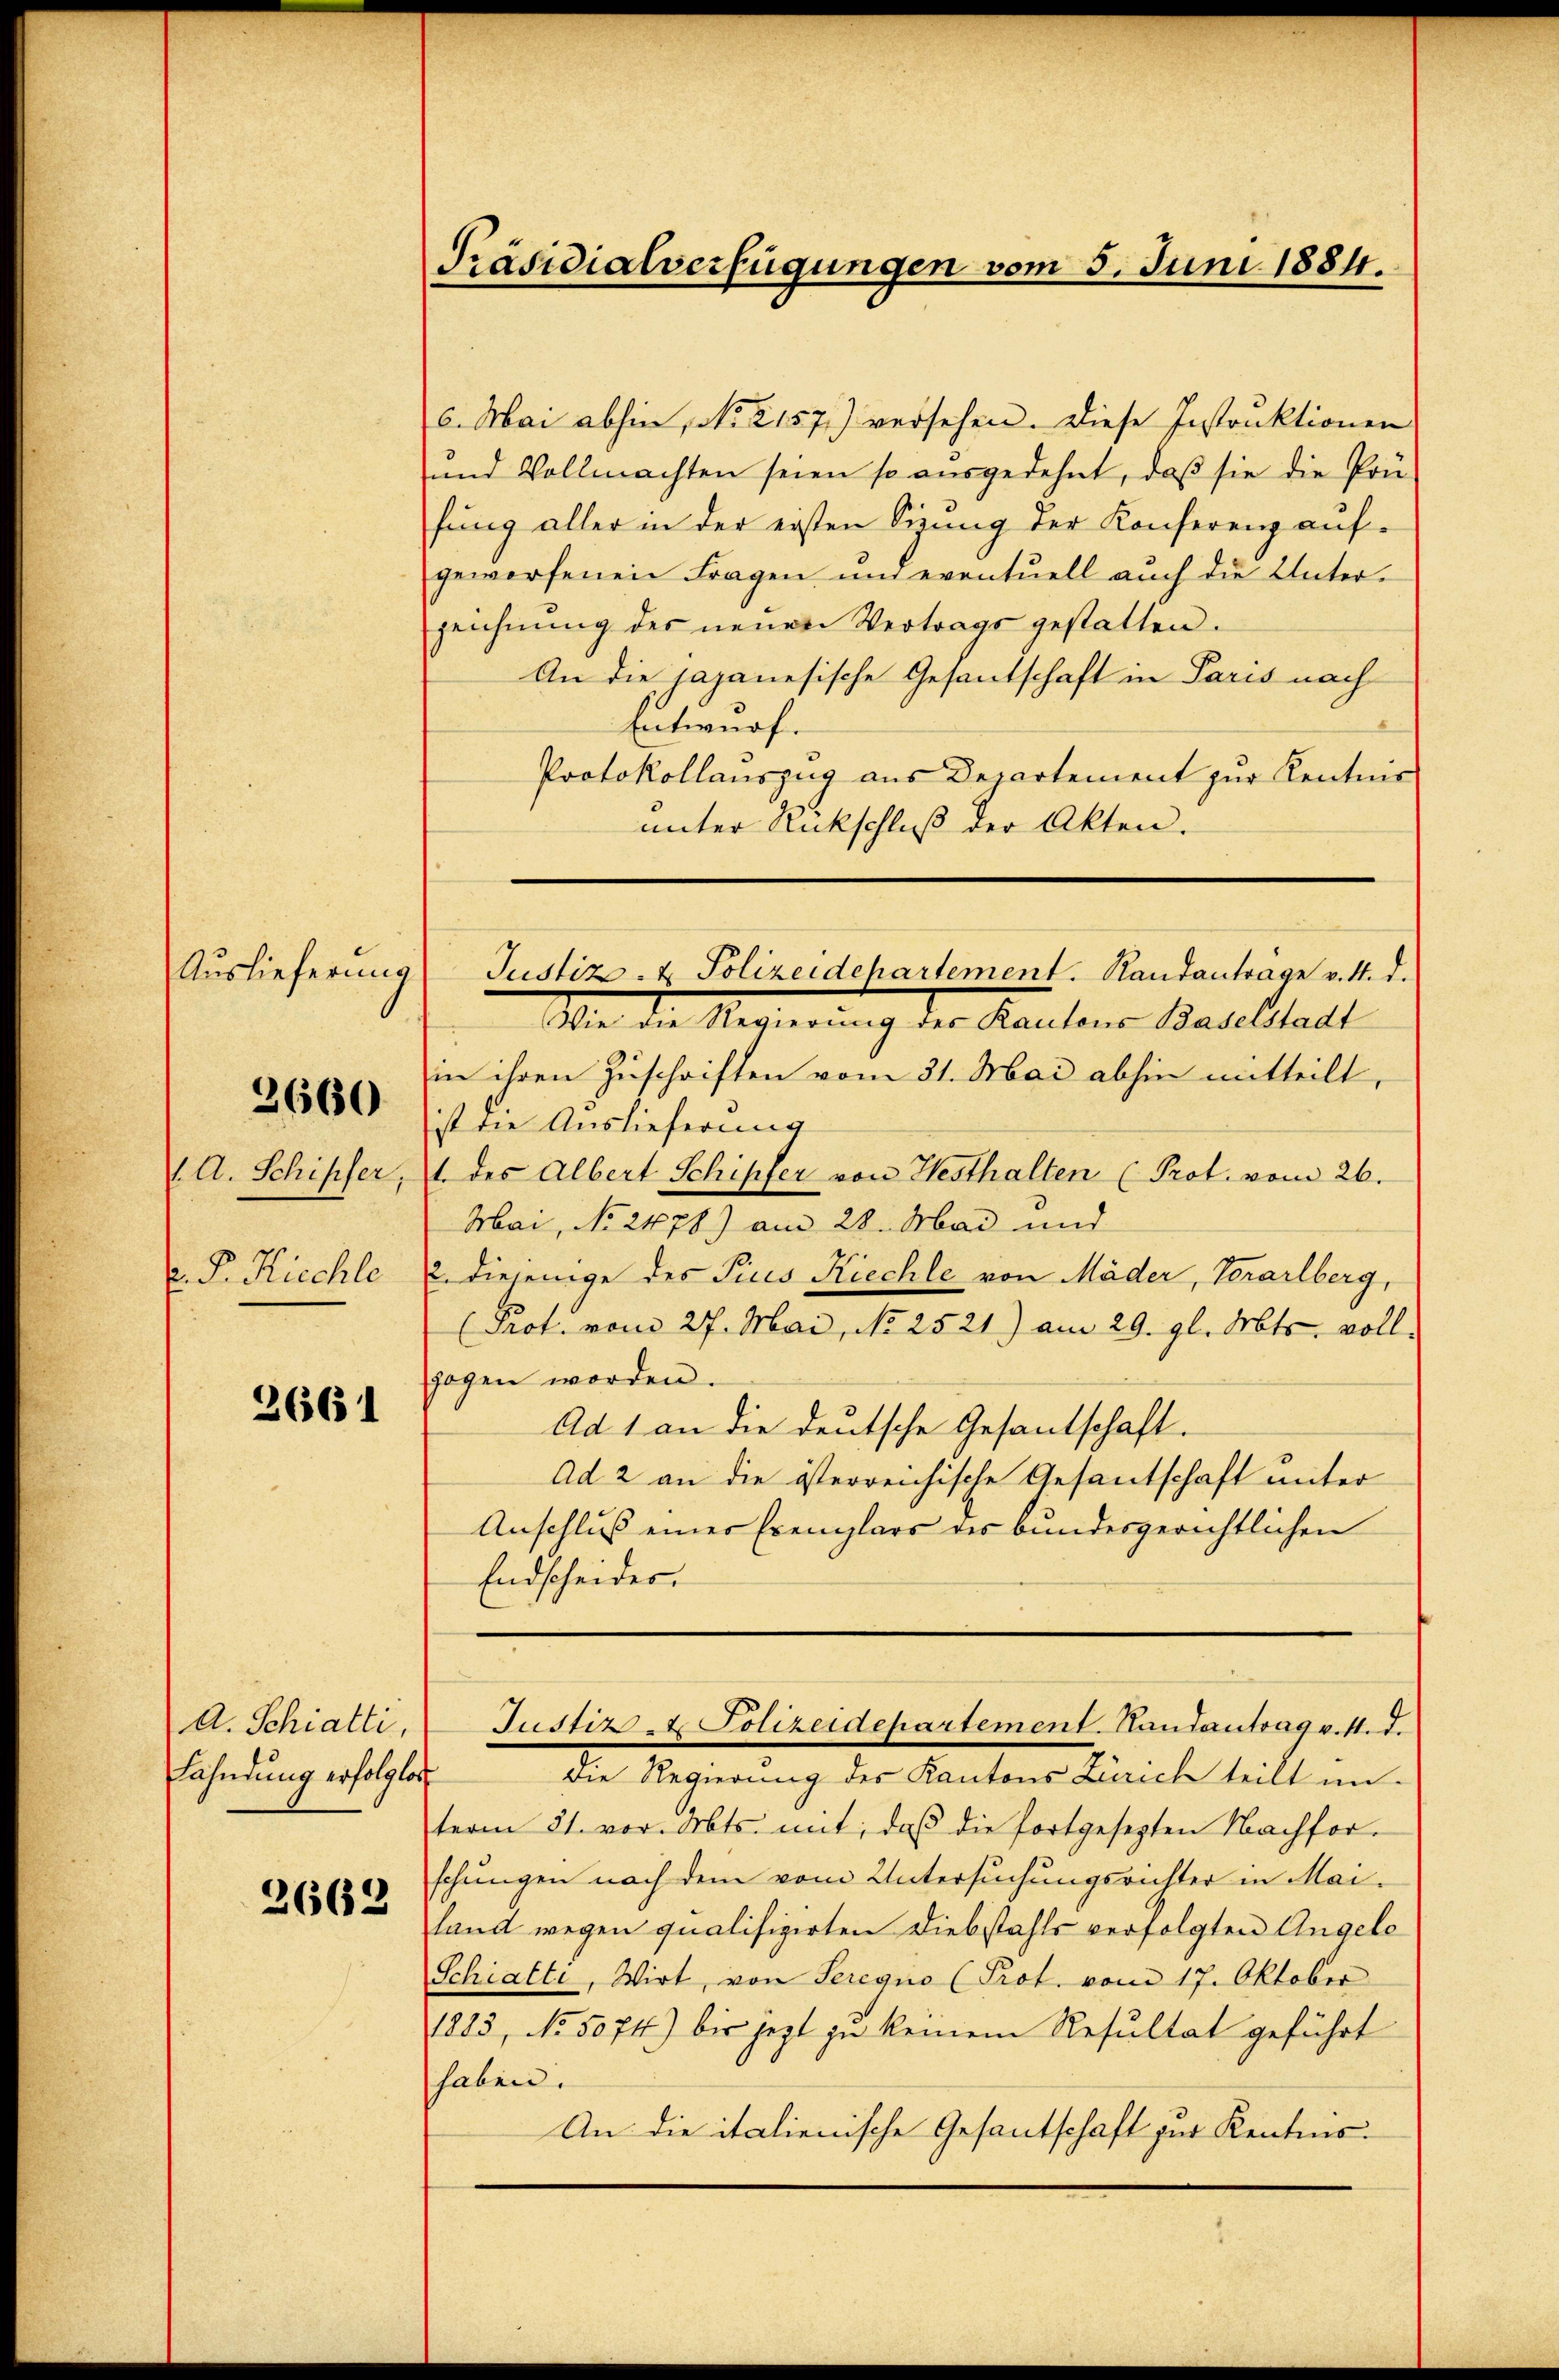
Auslieferung
1. A. Schiffer,
. P. Ricchle

2660

2661

A. Schiatti,
Fahndung erfolglos
2662

Präsidialverfügungen vom 5. Juni 1884.

6. Mai abhin, No 2157) versehen. Diese Instruktionen
und Vollmachten seien so ausgedehnt, daβ sie die Pon-
fung aller in der ersten Sinng der Konferenz aufgeworfenen Fragen und eventuell auch die Unterzeichnŭng der neŭen Vertrags gestatten.
An die japanesische Gesantschaft in Paris nach
Entwurf.
Protokollauszug aus Departement zur Kentnis
unter Rückschluß der Akten.
Wie die Regierung des Kantons Baselstadt
in ihren Zuschriften vom 31. Mai abhin mitteilt,
ist die Auslieferung
1. des Albert Schipfer von Hesthalten (Prot. vom 26.
Mai, No 2178) am 28. Mai und
2. diejenige des Ticis Kiechle von Mäder, Vorarlberg,
(Prot. vom 27. Mai, No 2521) am 29. gl. Mts., vollzogen worden.
Ad 1 an die deutsche Gesandschaft.
Ad 2 an die österreichische Gesantschaft unter
Anschluß einer Exemplars des bundesgerichtlichen
Endscheides.
Justiz- & Polizeidepartement. Handantrag v. M. d.
Die Regierung des Kantons Zürich teilt un
term 21. vor. Mts. mit, daβ die fortgesezten Nachfor-
schungen nach dem vom Untersuchungsrichter in Mailand wegen qualifizirten Diebstahls verfolgten Angele
Schiatti, Wirt, von Seregno (Prot. vom 17. Oktober
1823, No. 5074) bis jezt zu keinem Resultat geführt
haben.
An die italienische Gesantschaft zur Kentnis¬

Justiz- & Polizeidepartement. Randantrage v. 4. d.